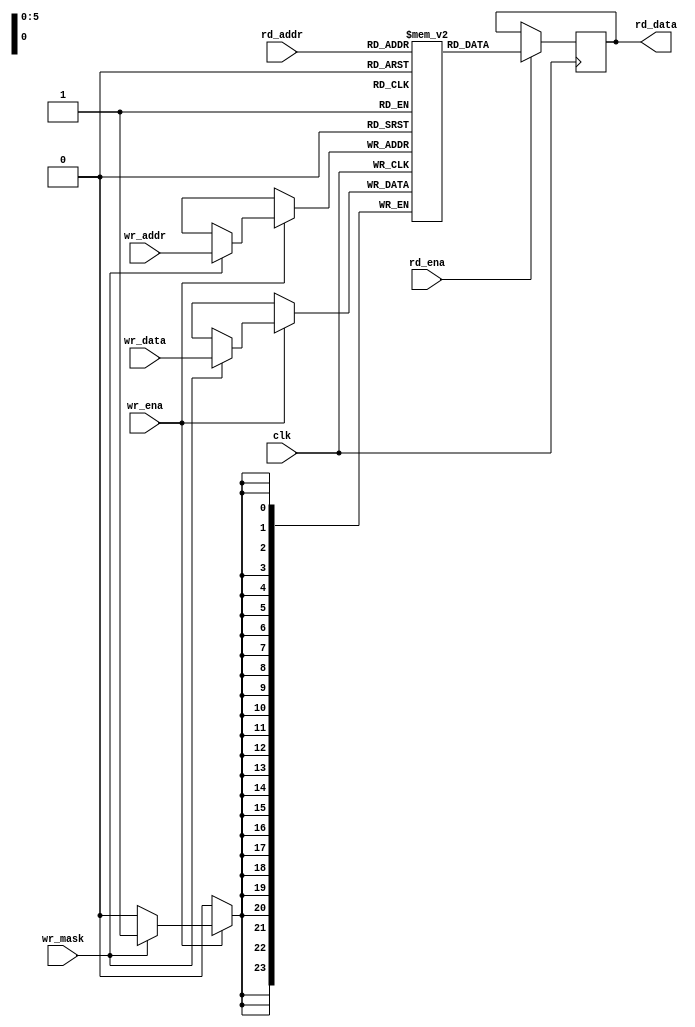
/*
 * hub75_linebuffer.v
 *
 * CERN Open Hardware Licence v1.2 - See LICENSE
 *
 * Copyright (C) 2018  Sylvain Munaut <tnt@246tNt.com>
 *
 * vim: ts=4 sw=4
 */

`default_nettype none

module hub75_linebuffer #(
	parameter N_WORDS = 1,
	parameter WORD_WIDTH = 24,
	parameter ADDR_WIDTH = 6
)(
	input  wire [ADDR_WIDTH-1:0] wr_addr,
	input  wire [(N_WORDS*WORD_WIDTH)-1:0] wr_data,
	input  wire [N_WORDS-1:0] wr_mask,
	input  wire wr_ena,

	input  wire [ADDR_WIDTH-1:0] rd_addr,
	output reg  [(N_WORDS*WORD_WIDTH)-1:0] rd_data,
	input  wire rd_ena,

	input  wire clk
);
	integer i;
	reg [(N_WORDS*WORD_WIDTH)-1:0] ram [(1<<ADDR_WIDTH)-1:0];

`ifdef SIM
	initial
		for (i=0; i<(1<<ADDR_WIDTH); i=i+1)
			ram[i] = 0;
`endif

	always @(posedge clk)
	begin
		// Read
		if (rd_ena)
			rd_data <= ram[rd_addr];

		// Write
		if (wr_ena)
			for (i=0; i<N_WORDS; i=i+1)
				if (wr_mask[i])
					ram[wr_addr][((i+1)*WORD_WIDTH)-1 -: WORD_WIDTH] <= wr_data[((i+1)*WORD_WIDTH)-1 -: WORD_WIDTH];
	end

endmodule // hub75_linebuffer